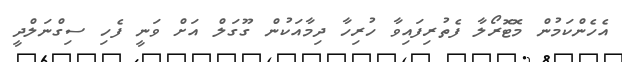
އެހެންކަމުން މޮޓޮރޯލާ ފެތުރިފައިވާ ހުރިހާ ދިމާއަކުން ގޫގަލް އަށް ވަނީ ފެހި ސިގްނަލްދީ